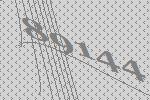
89144